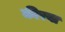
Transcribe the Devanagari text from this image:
कीरवा